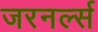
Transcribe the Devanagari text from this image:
जरनर्ल्स